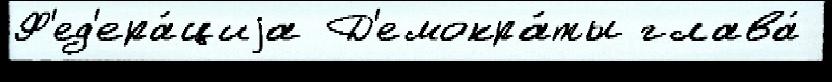
Ф'ед'ера́циjа Д'емокра́ты глава́